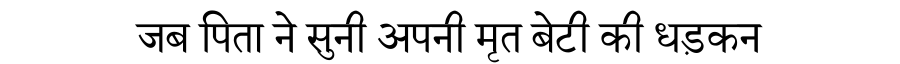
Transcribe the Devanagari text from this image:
जब पिता ने सुनी अपनी मृत बेटी की धड़कन